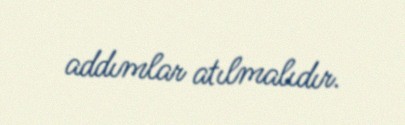
addımlar atılmalıdır.